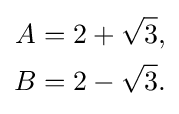
{\begin{aligned}A&=2+{\sqrt {3}},\\B&=2-{\sqrt {3}}.\end{aligned}}